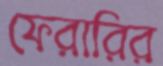
ফেরারির